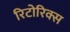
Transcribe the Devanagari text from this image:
रिटोरिक्स